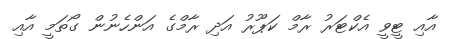
އާއި ޓީވީ އެކްޓަރު ރާމް ކަޕޫރު އަދި ރާމްގެ އަންހެނުން ގޯތަމީ އާއި